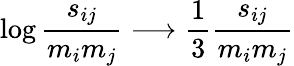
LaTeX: \log\frac{s_{ij}}{m_{i}m_{j}}\longrightarrow\frac{1}{3}\frac{s_{ij}}{m_{i}m_{j}}